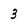
Character: 3